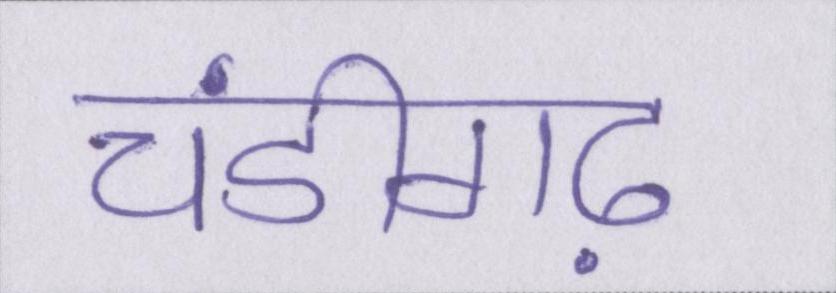
चंडीगढ़